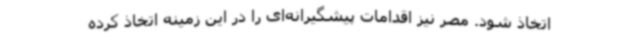
اتخاذ شود. مصر نیز اقدامات پیشگیرانه‌ای را در این زمینه اتخاذ کرده